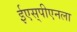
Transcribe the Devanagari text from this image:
ईएस्‌पीएनला